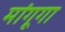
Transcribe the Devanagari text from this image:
मांगूगा